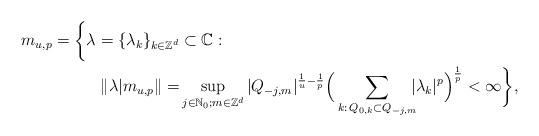
LaTeX: \begin{align*}m_{u,p} = \bigg\{\lambda=\{\lambda_k\}_{k\in \mathbb{Z}^d} &\subset \mathbb{C}: \\ \|\lambda| m_{u,p} \| = & \sup_{j\in\mathbb{N}_0; m\in \mathbb{Z}^d} |Q_{-j,m}|^{\frac{1}{u}-\frac{1}{p}} \Big(\sum_{k:\, Q_{0,k}\subset Q_{-j,m}} \!\!\!|\lambda_k|^p\Big)^\frac{1}{p} < \infty \bigg\},\end{align*}